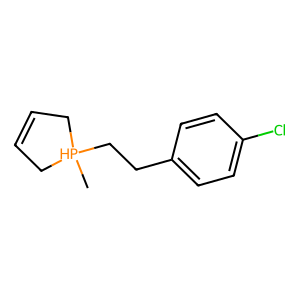
SMILES: C[PH]1(CCc2ccc(Cl)cc2)CC=CC1
Inhibits HIV replication: No